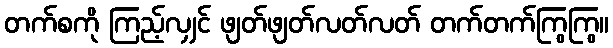
တက်စကို ကြည့်လျှင် ဖျတ်ဖျတ်လတ်လတ် တက်တက်ကြွကြွ။